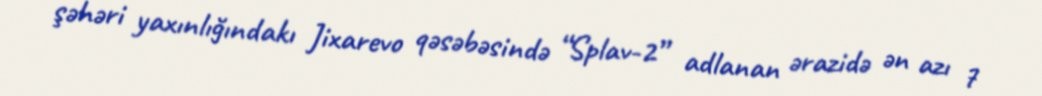
şəhəri yaxınlığındakı Jixarevo qəsəbəsində “Splav-2” adlanan ərazidə ən azı 7